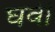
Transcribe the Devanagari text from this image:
घवी